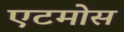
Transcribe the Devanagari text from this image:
एटमोस